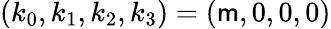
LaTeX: (k_{0},k_{1},k_{2},k_{3})=(\mathsf{m},0,0,0)